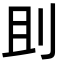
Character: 刞